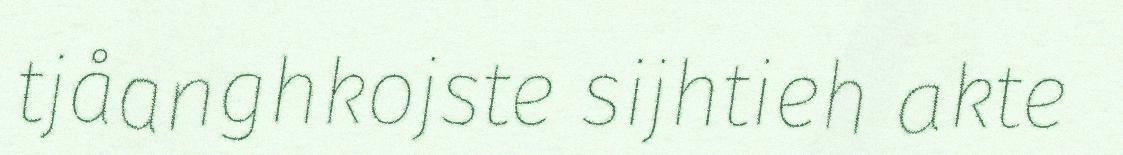
tjåanghkojste sijhtieh akte